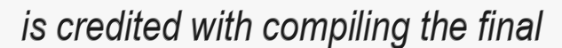
is credited with compiling the final